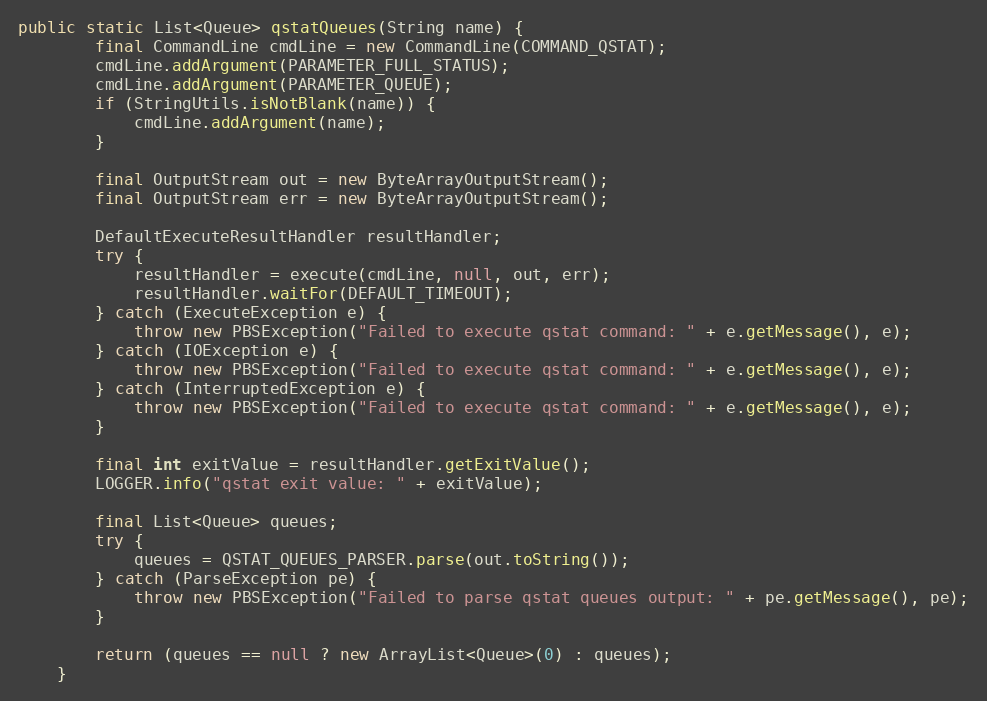
Language: Java
public static List<Queue> qstatQueues(String name) {
        final CommandLine cmdLine = new CommandLine(COMMAND_QSTAT);
        cmdLine.addArgument(PARAMETER_FULL_STATUS);
        cmdLine.addArgument(PARAMETER_QUEUE);
        if (StringUtils.isNotBlank(name)) {
            cmdLine.addArgument(name);
        }

        final OutputStream out = new ByteArrayOutputStream();
        final OutputStream err = new ByteArrayOutputStream();

        DefaultExecuteResultHandler resultHandler;
        try {
            resultHandler = execute(cmdLine, null, out, err);
            resultHandler.waitFor(DEFAULT_TIMEOUT);
        } catch (ExecuteException e) {
            throw new PBSException("Failed to execute qstat command: " + e.getMessage(), e);
        } catch (IOException e) {
            throw new PBSException("Failed to execute qstat command: " + e.getMessage(), e);
        } catch (InterruptedException e) {
            throw new PBSException("Failed to execute qstat command: " + e.getMessage(), e);
        }

        final int exitValue = resultHandler.getExitValue();
        LOGGER.info("qstat exit value: " + exitValue);

        final List<Queue> queues;
        try {
            queues = QSTAT_QUEUES_PARSER.parse(out.toString());
        } catch (ParseException pe) {
            throw new PBSException("Failed to parse qstat queues output: " + pe.getMessage(), pe);
        }

        return (queues == null ? new ArrayList<Queue>(0) : queues);
    }